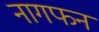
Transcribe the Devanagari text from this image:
नागफन